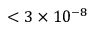
< 3 \times 1 0 ^ { - 8 }